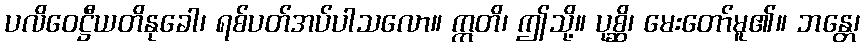
ပလိဝေဋ္ဌီယတိနုခေါ၊ ရစ်ပတ်အပ်ပါသလော။ ဣတိ၊ ဤသို့။ ပုစ္ဆိ၊ မေးတော်မူ၏။ ဘန္တေ၊